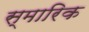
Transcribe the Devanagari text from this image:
स्मारिक